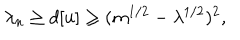
\lambda _ { n } \geq d [ u ] \geq ( m ^ { 1 / 2 } - \lambda ^ { 1 / 2 } ) ^ { 2 } ,